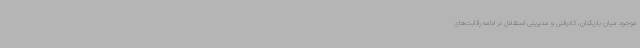
موجود میان بازیکنان، کادرفنی و مدیریتی استقلال در ادامه رقابت‌های